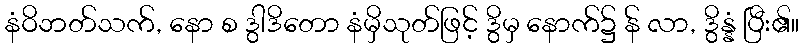
နံဝိဘတ်သက်, နော စ ဒွါဒိတော နံမှိသုတ်ဖြင့် ဒွိမှ နောက်၌ န် လာ, ဒွိန္နံ ပြီး၏။